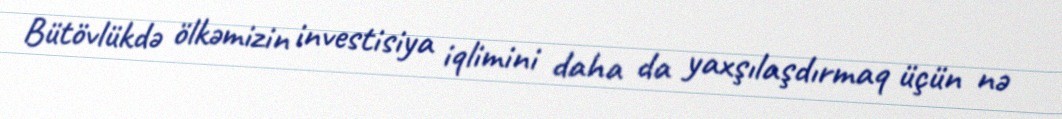
Bütövlükdə ölkəmizin investisiya iqlimini daha da yaxşılaşdırmaq üçün nə